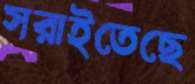
সরাইতেছে